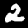
Digit: 2